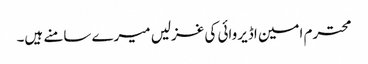
محترم امین اڈیروائی کی غزلیں میرے سامنے ہیں۔